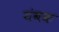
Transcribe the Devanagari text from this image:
यंबक